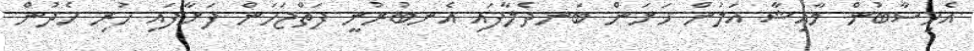
އެހިސާބުން މާއިޝާ އަލުން ހަށަން ބަނދެލާފައި އެނބުރުނީ ފަތްޖަހަން ފަށާފައި ހުރި ހެދުން